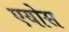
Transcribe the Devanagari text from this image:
एयोस